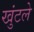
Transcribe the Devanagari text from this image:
खुंटले